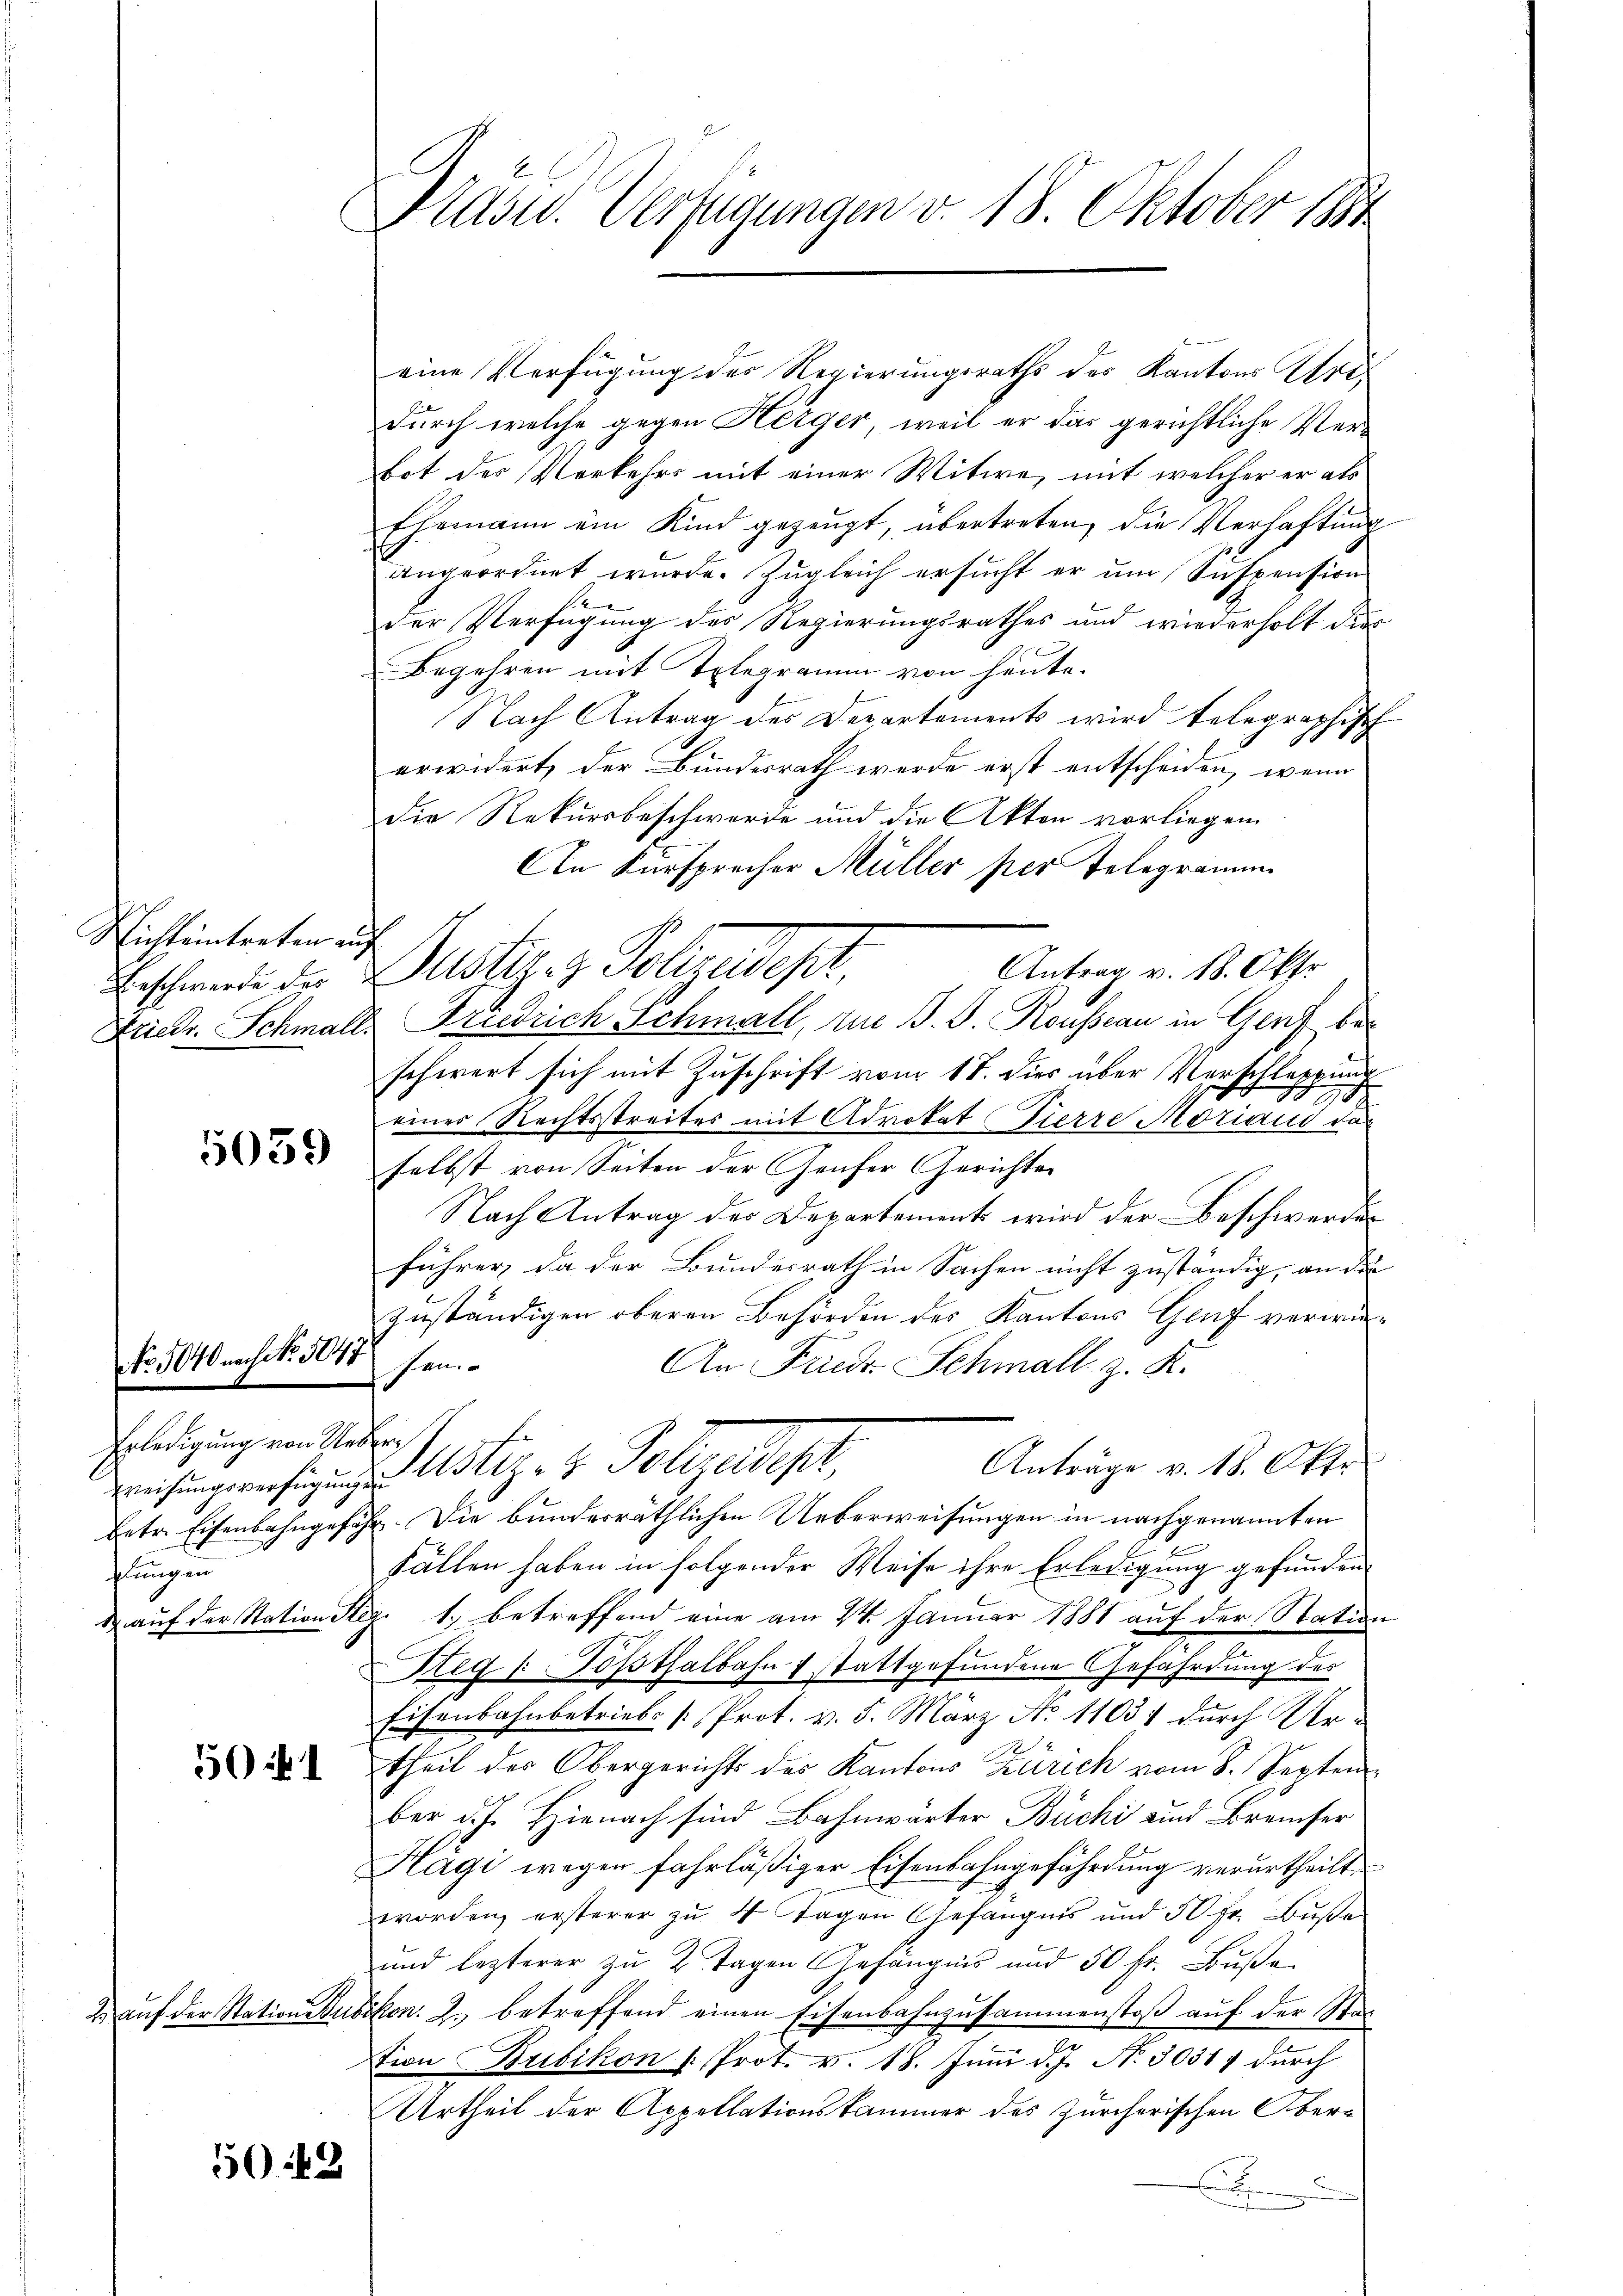
Nichteintreten aus
Beschwerde des
Friedr. Schmali

No 1040.

5059

NNo. 1047

Erledigung von Ne¬
Weisungsverfügung.
betr. Eisenbahngesag
ungen
d auf der Station Str

5

2 auf der Station de

5048

Præses. Verfügungen v. 18. Oktober 1891

eine Verfügung des Regierungsraths des Kantons Uridurch welche gegen Herger, weil er das gerichtliche Verbot des Verkehrs mit einer Witwe, mit welcher er als
Ehemann ein Kind gezeugt, übertreten, die Verhaftung
angeordnet wurde. Zugleich ersucht er um Suspension
der Verfügung des Regierungsrathes und wiederholt dies
Begehren mit Telegramm von heute.
Nach Antrag des Departements wird belegraphisch
6
erwidert, der Bundesrath werde erst entscheiden, wenn
Die Rekursbeschwerde und die Akten vorliegen
An Fürsprecher Müller per Telegramm
Antrag v. 18. Oktr.
Dustiz- & Polizeist.
 Friedrich Schmall, zue B. d. Rousseau in Genf beschwert sich mit Zuschrift vom 17. dies über Verschleppung
t
einer Rechtsstreites mit Advokat Pierre Moriand daselbst von Seiten der Genfer Gerichter
Nach Antrag des Departement wird der Beschwerden
führer, da der Bundesrath in Sachen nicht zuständig, an die
zuständigen oberen Behörden des Kantons Genf verwiefen, er
An Friedr. Schmall z. K.
r
Anträge v. 18. Oktr.
Justiz- & Polizeidigt
ch. Die bundesräthlichen Ueberweisungen in nachgenannten
fällen haben in folgender Weise ihre Erledigung gefunden
c. 1. betreffend eine am 24. Januar 1881 auf der Station
Steg "Toβthalbahn f stattgefundene Gefährdung des
Eisenbahnbetriebe [Prot. v. 5. März No 11031 durch Ur-
theil der Obergerichts des Kantons Zürich vom 8. Septem
ber d. J. Hienach sind Bahnwärter Büchi und Bremer
Hägi wegen fahrläßiger Eisenbahngefährdung verurtheilt.
worden, ersterer zu 4 Tagen Gefängnis und 50 Fr. Buße
und lezterer zu 2 Tagen Gefängnis und 50 fr. Buße
ikon. 2. betreffend einen Eisenbahnzusammenstoß auf der Stad
tion Bubikon (: Prot. v. 18. Juni d. J. N. 30317 durch
Urtheil der Appellationskammer des Zürcherischen Ober¬
E
D